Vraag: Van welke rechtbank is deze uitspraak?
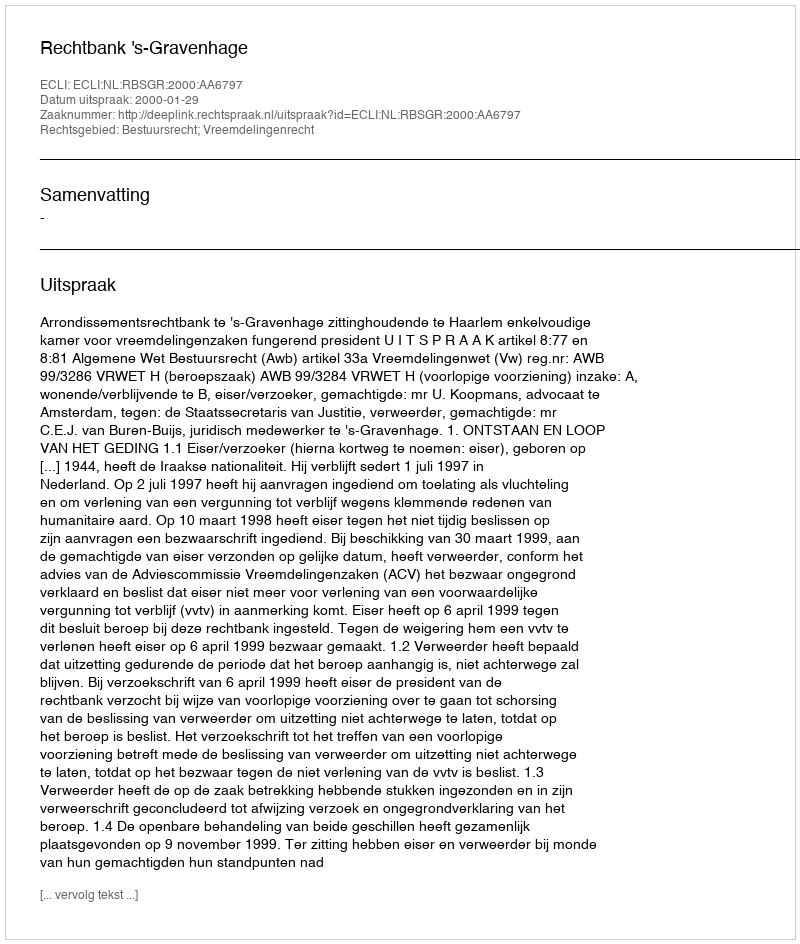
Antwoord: Rechtbank 's-Gravenhage